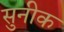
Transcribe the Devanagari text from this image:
सुनीक